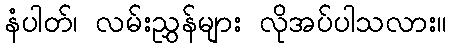
နံပါတ်၊ လမ်းညွှန်များ လိုအပ်ပါသလား။